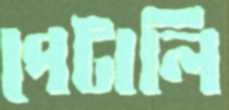
পেটালি